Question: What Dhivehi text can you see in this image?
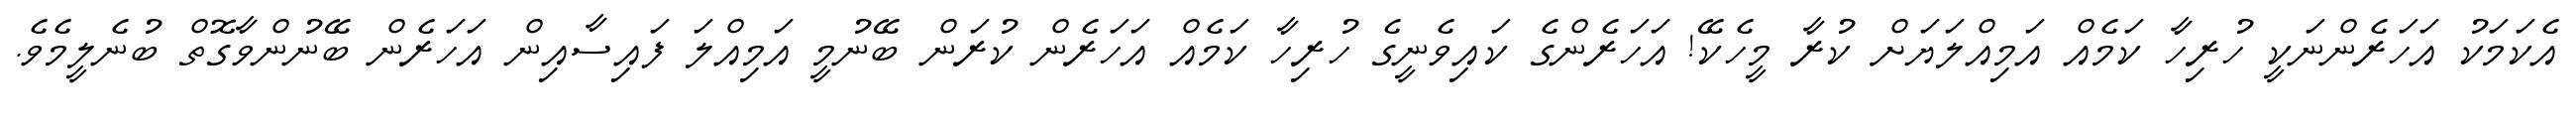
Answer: އެކަމަކު އަހަރެންނަކީ ހުރިހާ ކަމެއް އަމިއްލަޔަށް ކުރާ މީހެކޭ! އަހަރެންގެ ކައިވެނީގެ ހުރިހާ ކަމެއް އަހަރެން ކުރަން ބޭނުމީ އަމިއްލަ ފައިސާއިން އަހަރެން ބޭނުންވާގޮތް ބުނެލީމެވެ.